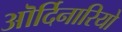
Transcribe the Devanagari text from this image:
ऒर्दिनारियो